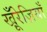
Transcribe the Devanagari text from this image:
खू़ँरेज़ियाँ